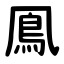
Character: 鳯